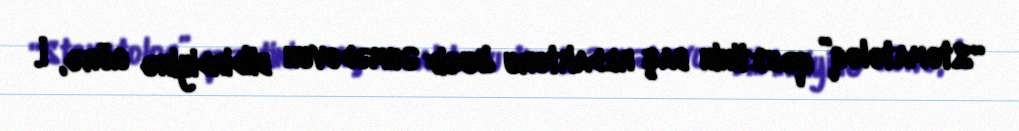
“Stomatoloq” qəzetinin baş redaktoru Yusif Əhmədovun bildirdiyinə görə, İ.